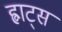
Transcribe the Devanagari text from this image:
ह्वाट्‍स